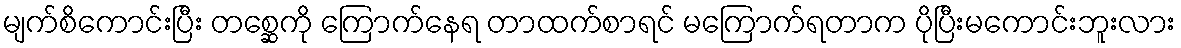
မျက်စိကောင်းပြီး တစ္ဆေကို ကြောက်နေရ တာထက်စာရင် မကြောက်ရတာက ပိုပြီးမကောင်းဘူးလား